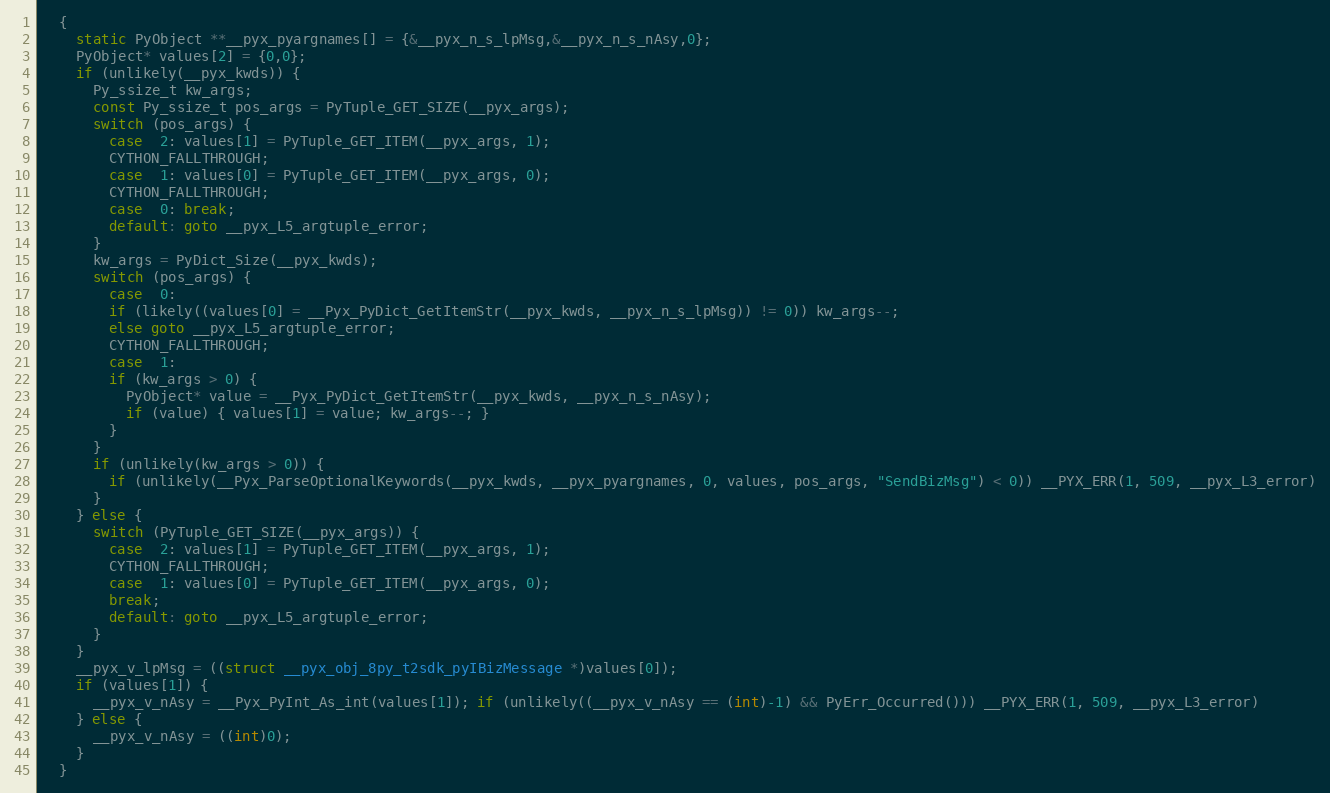
Language: C++
  {
    static PyObject **__pyx_pyargnames[] = {&__pyx_n_s_lpMsg,&__pyx_n_s_nAsy,0};
    PyObject* values[2] = {0,0};
    if (unlikely(__pyx_kwds)) {
      Py_ssize_t kw_args;
      const Py_ssize_t pos_args = PyTuple_GET_SIZE(__pyx_args);
      switch (pos_args) {
        case  2: values[1] = PyTuple_GET_ITEM(__pyx_args, 1);
        CYTHON_FALLTHROUGH;
        case  1: values[0] = PyTuple_GET_ITEM(__pyx_args, 0);
        CYTHON_FALLTHROUGH;
        case  0: break;
        default: goto __pyx_L5_argtuple_error;
      }
      kw_args = PyDict_Size(__pyx_kwds);
      switch (pos_args) {
        case  0:
        if (likely((values[0] = __Pyx_PyDict_GetItemStr(__pyx_kwds, __pyx_n_s_lpMsg)) != 0)) kw_args--;
        else goto __pyx_L5_argtuple_error;
        CYTHON_FALLTHROUGH;
        case  1:
        if (kw_args > 0) {
          PyObject* value = __Pyx_PyDict_GetItemStr(__pyx_kwds, __pyx_n_s_nAsy);
          if (value) { values[1] = value; kw_args--; }
        }
      }
      if (unlikely(kw_args > 0)) {
        if (unlikely(__Pyx_ParseOptionalKeywords(__pyx_kwds, __pyx_pyargnames, 0, values, pos_args, "SendBizMsg") < 0)) __PYX_ERR(1, 509, __pyx_L3_error)
      }
    } else {
      switch (PyTuple_GET_SIZE(__pyx_args)) {
        case  2: values[1] = PyTuple_GET_ITEM(__pyx_args, 1);
        CYTHON_FALLTHROUGH;
        case  1: values[0] = PyTuple_GET_ITEM(__pyx_args, 0);
        break;
        default: goto __pyx_L5_argtuple_error;
      }
    }
    __pyx_v_lpMsg = ((struct __pyx_obj_8py_t2sdk_pyIBizMessage *)values[0]);
    if (values[1]) {
      __pyx_v_nAsy = __Pyx_PyInt_As_int(values[1]); if (unlikely((__pyx_v_nAsy == (int)-1) && PyErr_Occurred())) __PYX_ERR(1, 509, __pyx_L3_error)
    } else {
      __pyx_v_nAsy = ((int)0);
    }
  }